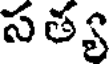
సత్య